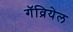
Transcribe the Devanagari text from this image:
गॅव्रियेल